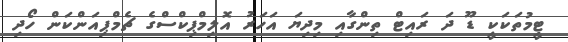
ޓީމުތަކަކީ ޑޫ ދަ ރައިޓް ތިންގާއި މިދިޔަ އަހަރު އޮލިމްޕިކްސްގެ ޗެމްޕިއަންކަން ހޯދި